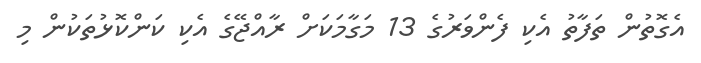
އެގޮތުން ތަފާތު އެކި ފެންވަރުގެ 13 މަގާމަކަށް ރާއްޖޭގެ އެކި ކަންކޮޅުތަކުން މި